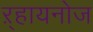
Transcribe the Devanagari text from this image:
ऱ्हायनोज